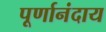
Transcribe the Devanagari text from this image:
पूर्णानंदाय